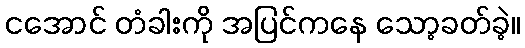
ငအောင် တံခါးကို အပြင်ကနေ သော့ခတ်ခဲ့။